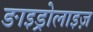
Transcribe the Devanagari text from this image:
ङाइड्रोलाइज़